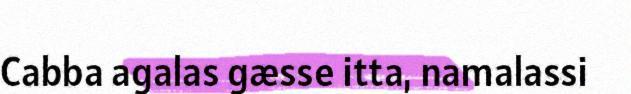
Cabba agalas gæsse itta, namalassi